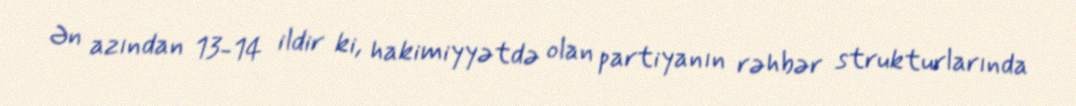
Ən azından 13-14 ildir ki, hakimiyyətdə olan partiyanın rəhbər strukturlarında